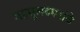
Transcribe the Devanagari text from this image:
महसूलदप्तरांचे